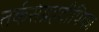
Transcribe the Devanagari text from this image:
तर्कसंग्रहदीपिका